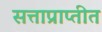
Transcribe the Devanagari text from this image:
सत्ताप्राप्तीत